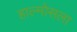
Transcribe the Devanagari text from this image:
हाल्मोसला